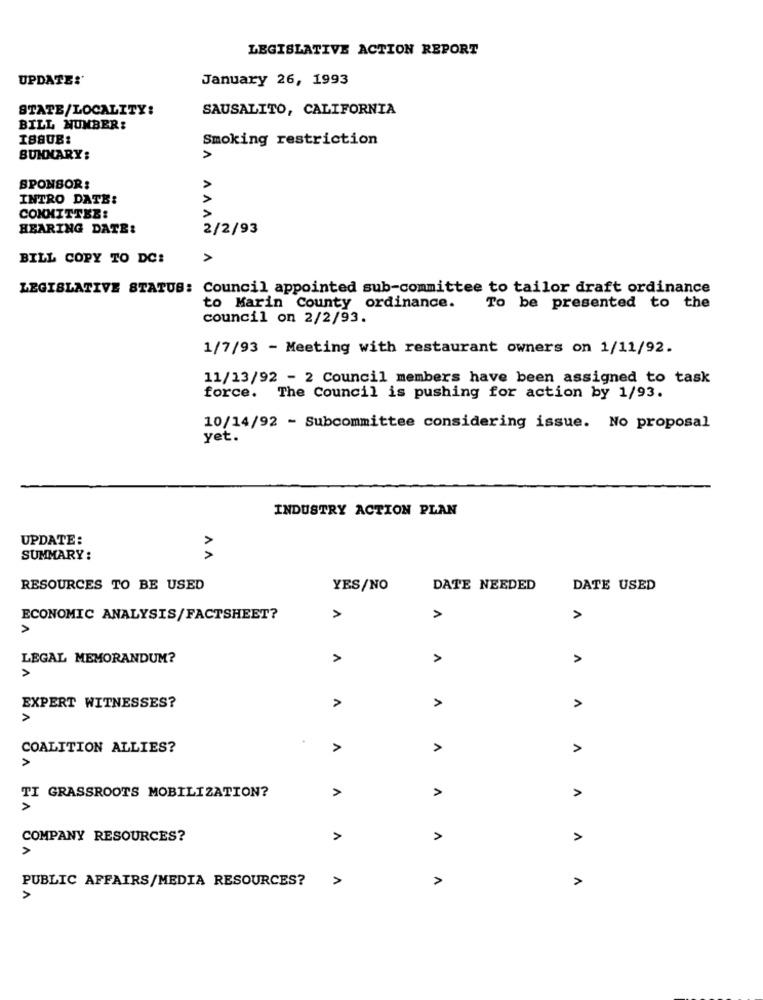
LEGISLATIVE ACTION REPORT
UPDATE:'
January 26, 1993
STATE/LOCALITY:
SAUSALITO, CALIFORNIA
BILL NUMBER:
I880B:
Smoking restriction
SUMMARY:
A
NVVV
SPONSOR:
INTRO DATE:
COMMITTEE:
HEARING DATE:
2/2/93
BILL COPY TO DC:
LEGISLATIVE STATUS: Council appointed sub-committee to tailor draft ordinance
to Marin County ordinance.
To be presented to the
council on 2/2/93.
1/7/93 - Meeting with restaurant owners on 1/11/92.
11/13/92 - 2 Council members have been assigned to task
force. The Council is pushing for action by 1/93.
10/14/92 - Subcommittee considering issue. No proposal
yet.
INDUSTRY ACTION PLAN
UPDATE:
SUMMARY:
AA
RESOURCES TO BE USED
YES/NO
DATE NEEDED
DATE USED
ECONOMIC ANALYSIS/FACTSHEET?
>
>
A
>
LEGAL MEMORANDUM?
>
>
A
>
>
EXPERT WITNESSES?
>
>
COALITION ALLIES?
>
>
A
A
TI GRASSROOTS MOBILIZATION?
A
A
COMPANY RESOURCES?
A
A
>
PUBLIC AFFAIRS/MEDIA RESOURCES?
A
A
A
>